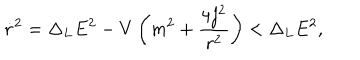
\dot { r } ^ { 2 } = \Delta _ { L } E ^ { 2 } - V \left( m ^ { 2 } + \frac { 4 j ^ { 2 } } { r ^ { 2 } } \right) < \Delta _ { L } E ^ { 2 } ,